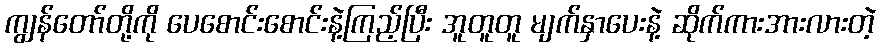
ကျွန်တော်တို့ကို ပေစောင်းစောင်းနဲ့ကြည့်ပြီး အူတူတူ မျက်နှာပေးနဲ့ ဆိုက်ကားအားလားတဲ့